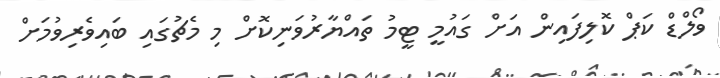
ވޯލްޑް ކަޕް ކޮލިފައިން އަށް ގައުމީ ޓީމު ތައްޔާރުވަނިކޮށް މި މެޗުގައި ބައިވެރިވުމަށް